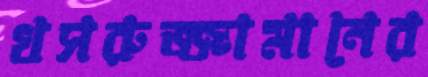
খসরুজ্জামানের